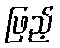
ဖြည့်